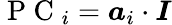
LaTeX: \mathrm{~P~C~}_{i}=\boldsymbol{a}_{i}\cdot\boldsymbol{I}